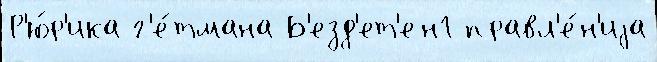
Р'ю́р'ика г'е́тмана Б'езд'ет'ен1 правл'е́н'иjа